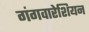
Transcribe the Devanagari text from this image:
गंगवारेशियन